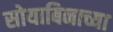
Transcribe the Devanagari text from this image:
सोयाबिनाच्या